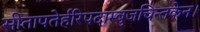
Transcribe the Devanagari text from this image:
सीतापतेर्हरिपदाम्बुजचिन्तकेन।